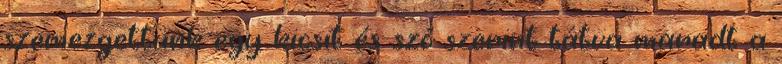
szemezgettünk egy kicsit és szó szerint tátva maradt a